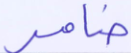
ضامر